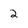
Character: 2